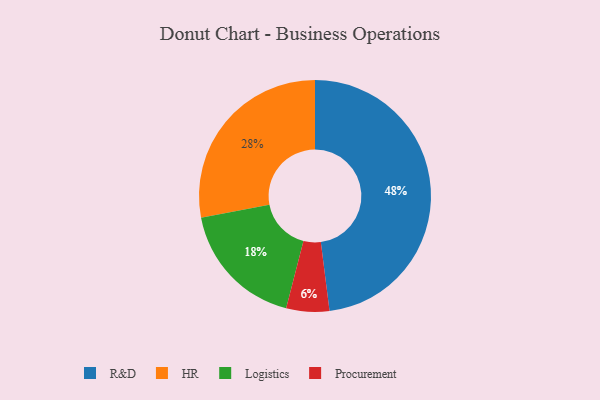
{"axis": {"x": "Category", "y": "Percentage"}, "legend": ["HR", "Logistics", "Procurement", "R&D"], "data": [{"x": "R&D", "y": 48, "type": "R&D"}, {"x": "Logistics", "y": 18, "type": "Logistics"}, {"x": "Procurement", "y": 6, "type": "Procurement"}, {"x": "HR", "y": 28, "type": "HR"}]}